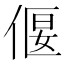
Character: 偃